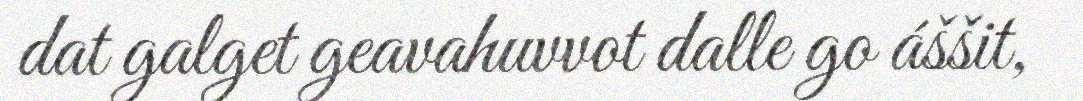
dat galget geavahuvvot dalle go áššit,